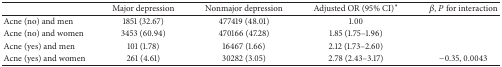
|  | Major depression | Nonmajor depression | Adjusted OR (95% CI)* | β, P for interaction |
 | --- | --- | --- | --- | --- |
 | Acne (no) and men | 1851 (32.67) | 477419 (48.01) | 1.00 |  |
 | Acne (no) and women | 3453 (60.94) | 470166 (47.28) | 1.85 (1.75–1.96) |  |
 | Acne (yes) and men | 101 (1.78) | 16467 (1.66) | 2.12 (1.73–2.60) |  |
 | Acne (yes) and women | 261 (4.61) | 30282 (3.05) | 2.78 (2.43–3.17) | −0.35, 0.0043 |